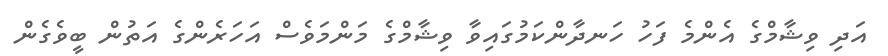
އަދި ވިޝާމްގެ އެންމެ ފަހު ހަނދާންކަމުގައިވާ ވިޝާމްގެ މަންމަވެސް އަހަރެންގެ އަތުން ބީވެގެން